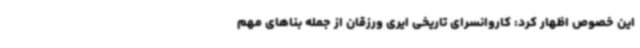
این خصوص اظهار کرد: کاروانسرای تاریخی ایری ورزقان از جمله بناهای مهم